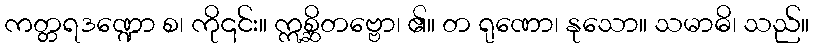
ကတ္တရဒဏ္ဍော စ၊ ကို၎င်း။ ဣစ္ဆိတဗ္ဗော၊ ၏။ တ ရုဏော၊ နုသော။ သမာဓိ၊ သည်။